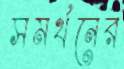
সমর্থনের